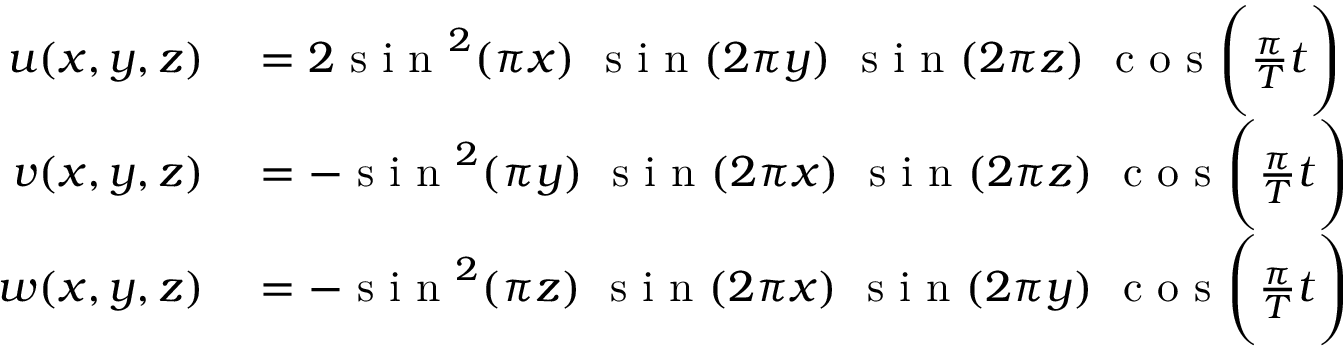
\begin{array} { r l } { u ( x , y , z ) } & { { } = 2 \mathrm { ~ s ~ i ~ n ~ } ^ { 2 } ( \pi x ) \ \mathrm { ~ s ~ i ~ n ~ } ( 2 \pi y ) \ \mathrm { ~ s ~ i ~ n ~ } ( 2 \pi z ) \ \mathrm { ~ c ~ o ~ s ~ } \Bigg ( \frac { \pi } { T } t \Bigg ) } \\ { v ( x , y , z ) } & { { } = - \mathrm { ~ s ~ i ~ n ~ } ^ { 2 } ( \pi y ) \ \mathrm { ~ s ~ i ~ n ~ } ( 2 \pi x ) \ \mathrm { ~ s ~ i ~ n ~ } ( 2 \pi z ) \ \mathrm { ~ c ~ o ~ s ~ } \Bigg ( \frac { \pi } { T } t \Bigg ) } \\ { w ( x , y , z ) } & { { } = - \mathrm { ~ s ~ i ~ n ~ } ^ { 2 } ( \pi z ) \ \mathrm { ~ s ~ i ~ n ~ } ( 2 \pi x ) \ \mathrm { ~ s ~ i ~ n ~ } ( 2 \pi y ) \ \mathrm { ~ c ~ o ~ s ~ } \Bigg ( \frac { \pi } { T } t \Bigg ) } \end{array}